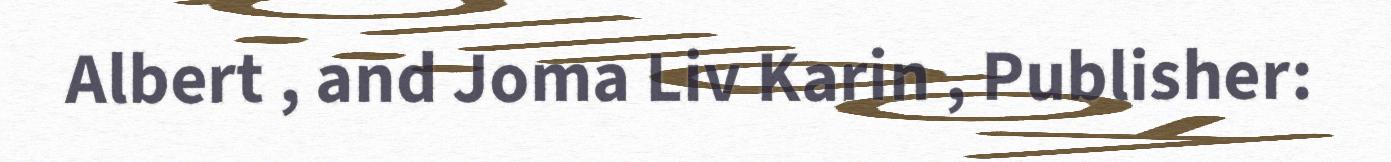
Albert , and Joma Liv Karin , Publisher: